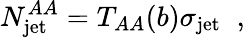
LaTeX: N_{\mathrm{jet}}^{AA}=T_{AA}(b)\sigma_{\mathrm{jet}}\; \; ,